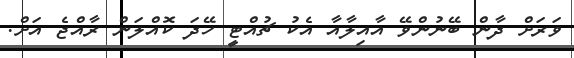
ވަރަށް ދާން ބޭނުންވޭ އާއިލާއާ އެކު ޗުއްޓީ ހޭދަ ކޮއްލަން ރާއްޖެ އަށް.